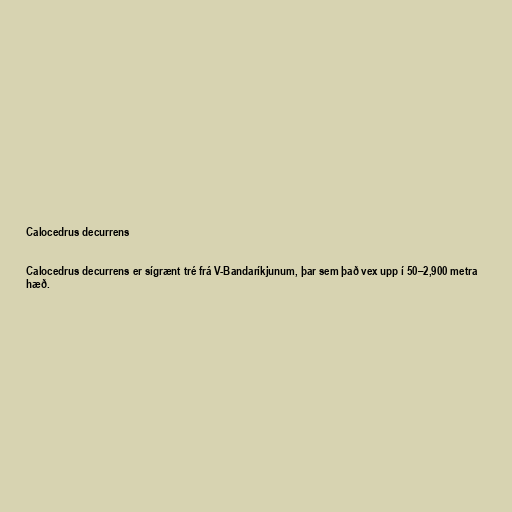
Calocedrus decurrens

Calocedrus decurrens er sígrænt tré frá V-Bandaríkjunum, þar sem það vex upp í 50–2,900 metra
hæð.